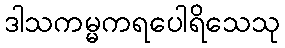
ဒါသကမ္မကရပေါရိသေသု